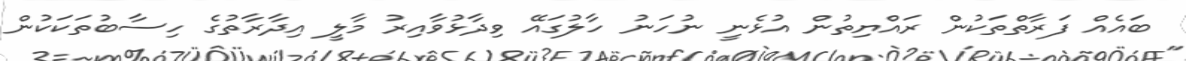
ބައެއް ފަރާތްތަކުން ރައްޔިތުން އުޅެނީ ނުހަނު ހާލުގައޭ ވިދާޅުވާއިރު މާލީ އިދާރާތުގެ ހިސާބުތަކަކުން